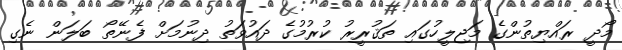
މޯދީ ރައްޔިތުންގެ މަޖިލީހުގައި ތަޤުރީރު ކުރުމުގެ ދައުވަތު ދިނުމަށް ފެނޭތޯ ބަލަން ނެގި